Indian journal of veterinary science and animal husbandry - Volume 12,
Year: 1942
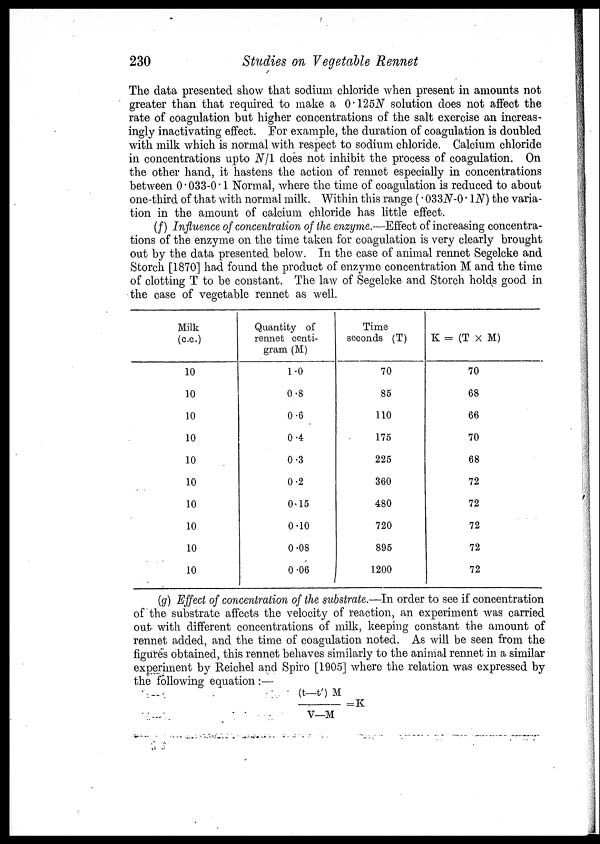
230
Studies on Vegetable Rennet
The data presented show that sodium chloride when present in amounts not
greater than that required to make a 0.125N solution does not affect the
rate of coagulation but higher concentrations of the salt exercise an increas-
ingly inactivating effect. For example, the duration of coagulation is doubled
with milk which is normal with respect to sodium chloride. Calcium chloride
in concentrations upto N/1 does not inhibit the process of coagulation. On
the other hand, it hastens the action of rennet especially in concentrations
between 0.033-0.1 Normal, where the time of coagulation is reduced to about
one-third of that with normal milk. Within this range (.033N-0.lN) the varia-
tion in the amount of calcium chloride has little effect.
(f) Influence of concentration of the enzyme.—Effect of increasing concentra-
tions of the enzyme on the time taken for coagulation is very clearly brought
out by the data presented below. In the case of animal rennet Segelcke and
Storch [1870] had found the product of enzyme concentration M and the time
of clotting T to be constant. The law of Segelcke and Storch holds good in
the case of vegetable rennet as well.
Milk
(c.c.)
10
10
10
10
10
10
10
10
10
10
Quantity of
rennet centi-
gram (M)
1.0
0.8
0.6
0.4
0.3
0.2
0.15
0.10
0.08
0.06
Time
seconds (T)
70
85
110
175
225
360
480
720
895
1200
K = (T × M)
70
68
66
70
68
72
72
72
72
72
(g) Effect of concentration of the substrate.—In order to see if concentration
of the substrate affects the velocity of reaction, an experiment was carried
out with different concentrations of milk, keeping constant the amount of
rennet added, and the time of coagulation noted. As will be seen from the
figures obtained, this rennet behaves similarly to the animal rennet in a similar
experiment by Reichel and Spiro [1905] where the relation was expressed by
the following equation :—
(t—t') M/ V—M=K